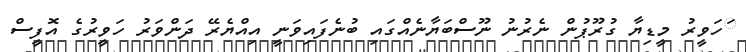
ަހަވީރު މީޑިޔާ ގުރޫޕުން ނެރުނު ނޫސްބަޔާނެއްގައި ބުނެފައިވަނީ އިއްޔެރޭ ދަންވަރު ހަވީރުގެ އޮފީސް